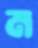
ম